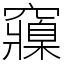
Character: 䆿